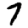
Digit: 7